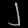
Digit: ၂